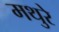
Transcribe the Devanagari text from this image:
मथुरे